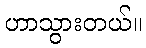
ဟာသွားတယ်။